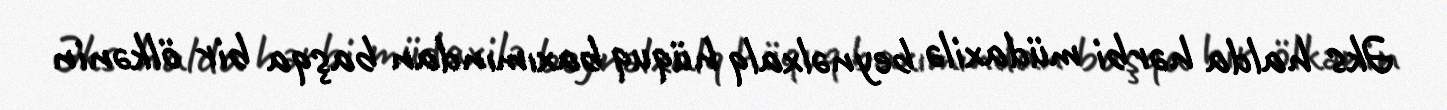
Əks halda hərbi müdaxilə beynəlxalq hüquq baxımından başqa bir ölkənin